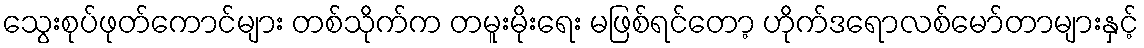
သွေးစုပ်ဖုတ်ကောင်များ တစ်သိုက်က တမူးမိုးရေး မဖြစ်ရင်တော့ ဟိုက်ဒရောလစ်မော်တာများနှင့်